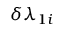
\delta \lambda _ { 1 i }